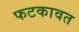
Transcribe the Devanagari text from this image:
फटकावत